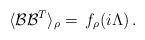
LaTeX: \begin{align*}\langle \mathcal{B} \mathcal{B}^T \rangle_{\rho} = \, f_\rho(i \Lambda) \, .\end{align*}